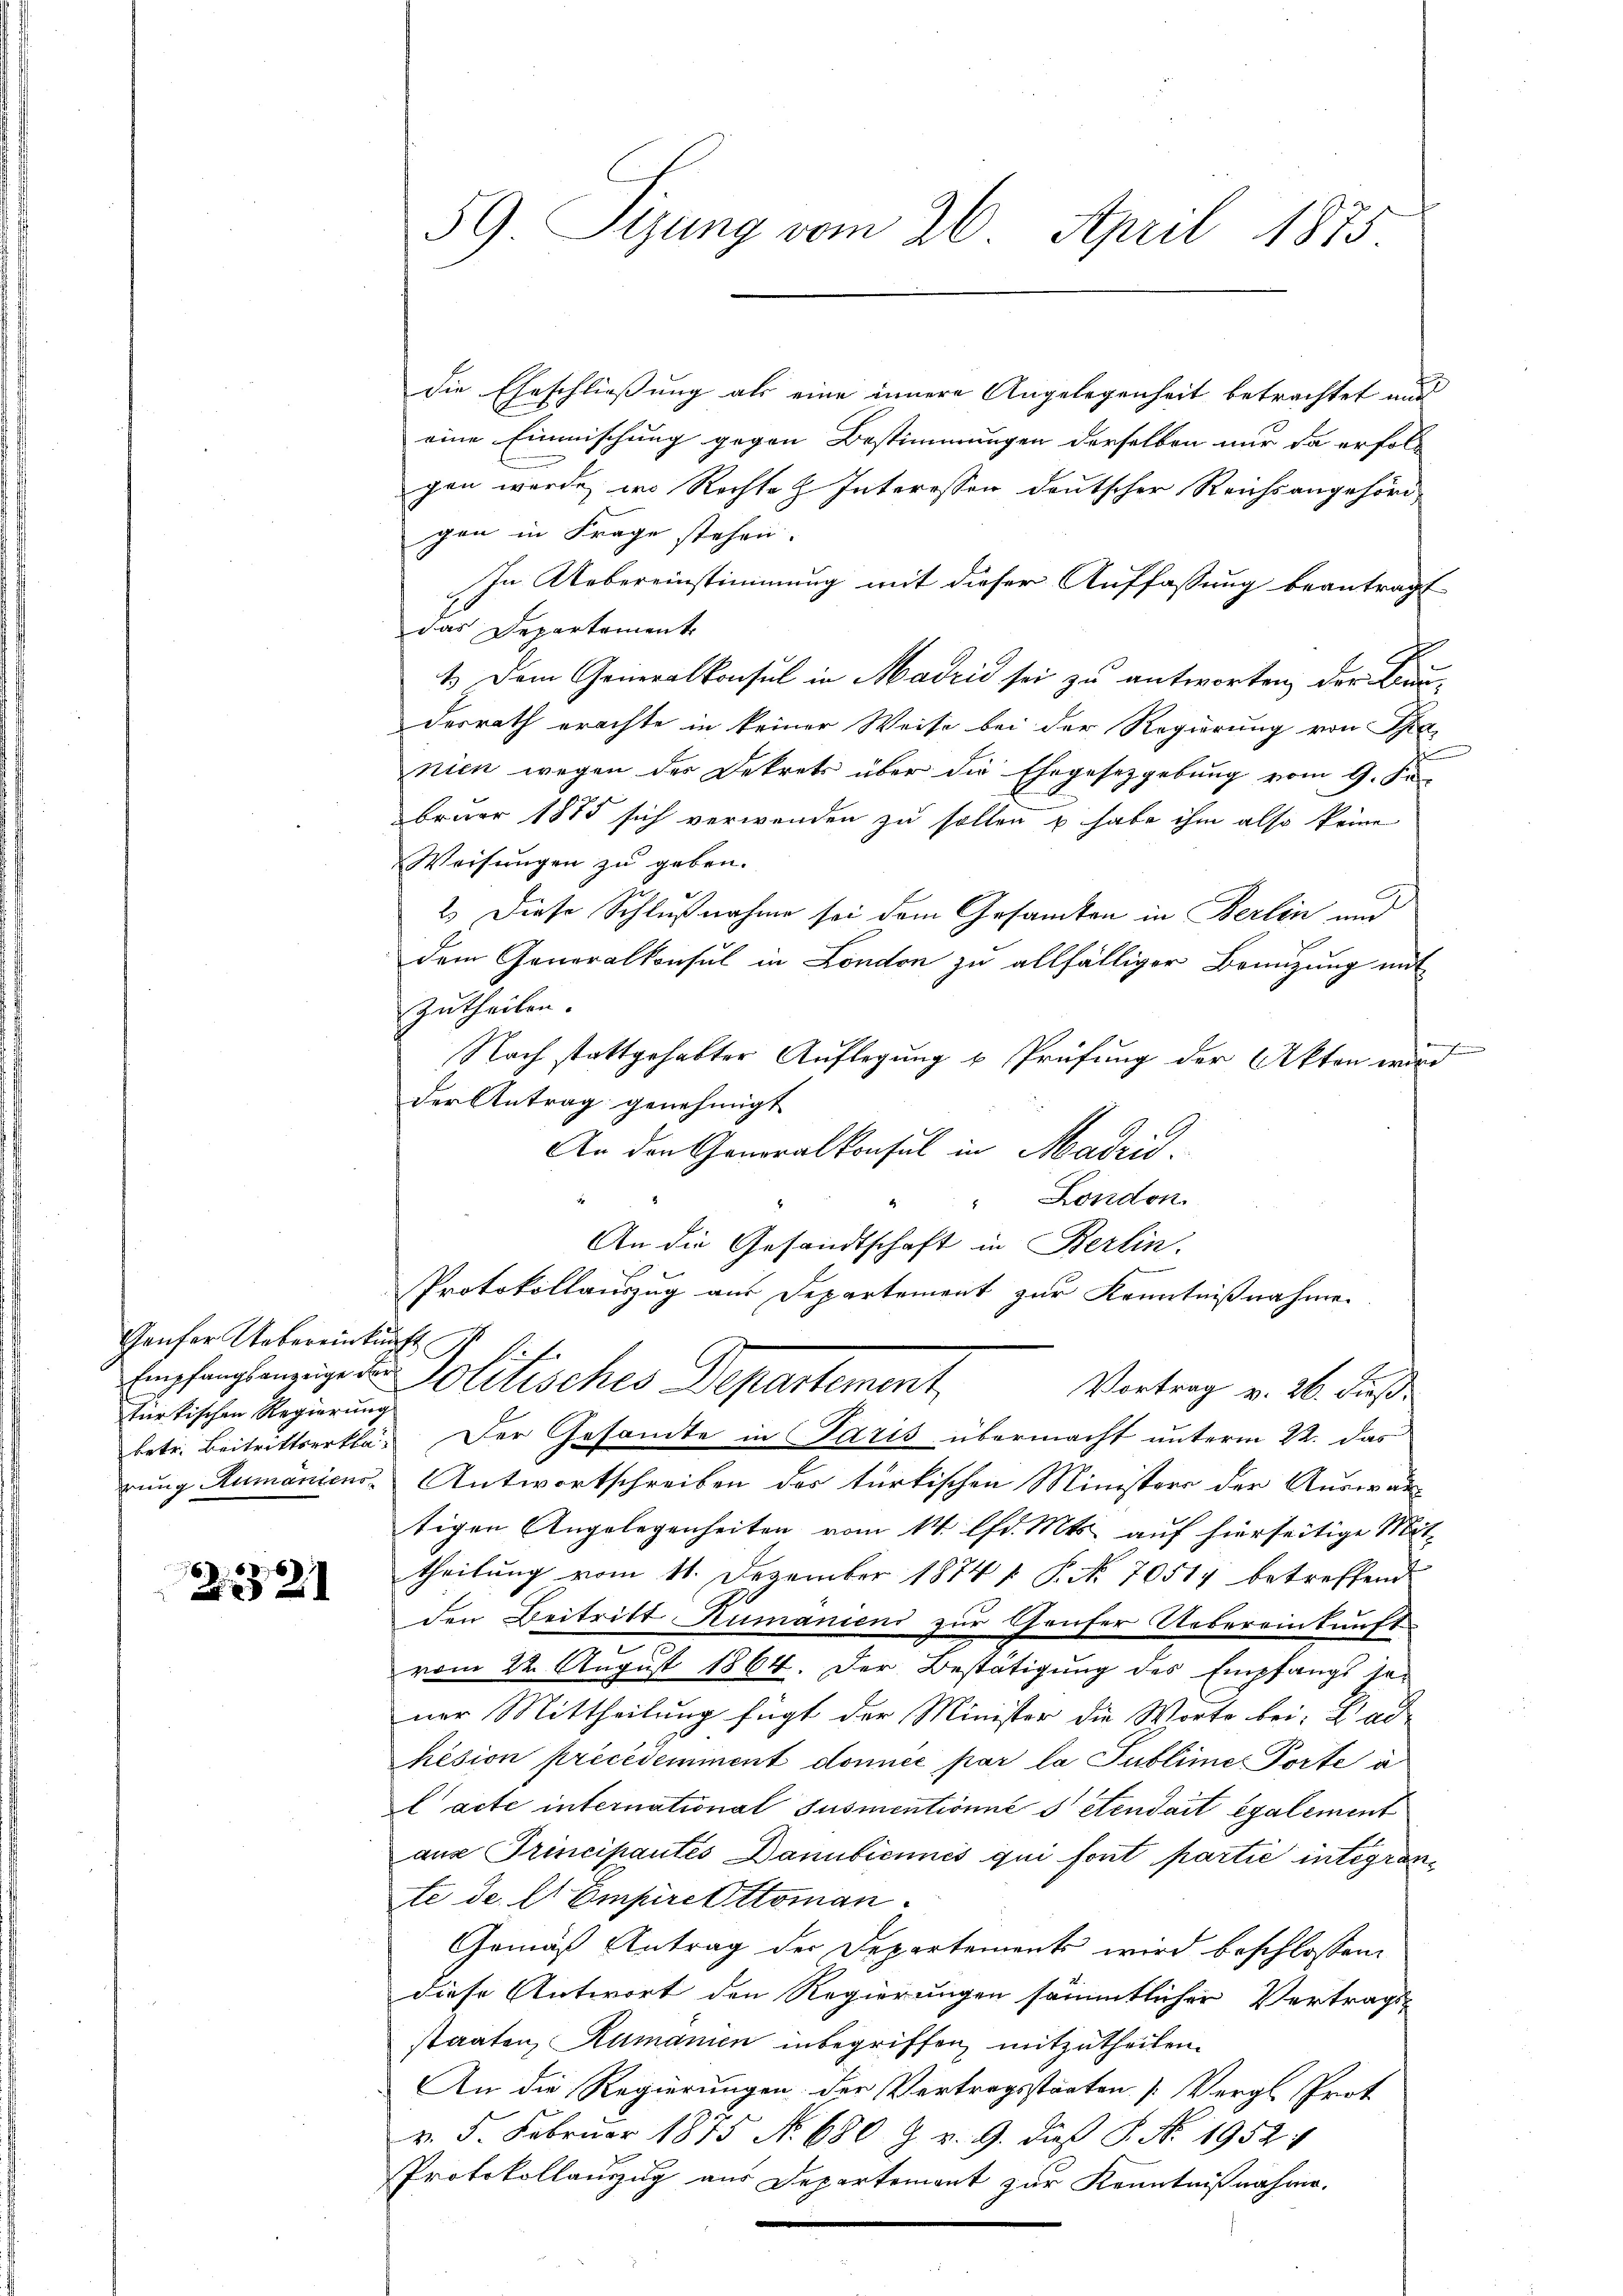
Ganfer Uebereinkunft N. N. 1.
türkischen Regierung

221

die Eheschließung als eine innere Angelegenheit betrachtet aus
eine Einmischung gegen Bestimmungen derselben nur da erfol-
gen werde, wo Rechte Interessen deutscher Reichsangehörd-
gen in Frage stehen.
In Uebereinstimmung mit dieser Auffassung beantragt
das Departement
1.) Dem Generalkonsul in Madrid sei zu antworten, der Bauderrath erachte in keiner Weise bei der Regierung von Tha
nien wegen des Dekrets über die Ehegesetzgebung vom 9. Ju
bruar 1875 sich verwenden zu sollen u habe ihm also keine
Weisungen zu geben.
2.) Diese Schlußnahme sei dem Gesamten in Berlin und
dem Generalkonsul in London zu allfälliger Beenzung mit
zutheilen.
Nach stattgehabter Auflegung u Prüfung der Akten wird
der Antrag genehmigt
An den Generalkonsul in Madrid.
London.
An die Gesandtschaft in Berlin.
Protokollauszug aus Departement zur Kenntnißnahme
Empfangsanzeige den Solitisches Departement
Vortrag v. 26. dieß
betr. Beitrittserklä¬ Der Gesandte in Paris übermacht unterm 22. das
rung Humanicus Antwortschreiben des türkischen Ministers der Auswar-
tigen Angelegenheiten vom 14. lfd. Mts. auf hierseitige Mit-
theilung vom 11. Dezember 1874 1 P. No. 70514 betreffend
den Beitritt Rumaniens zur Ghaufer Uebereinkunft
vom 22. August 1864. Der Bestätigung des Empfangs soner Mittheilung fügt der Minister die Worte bei. Dad
hésion précédemment donnée par la Publime Porte à
l acte international Susmentionnés etendait également
aus Trincipantes Danubicnnés qui font partie integranste de l'Empire Ottoman
Gemäß Antrag der Departements wird beschlossen:
diese Antwort den Regierungen sämmtlicher Vertrags-
staaten, Rumanien inbegriffen, mitzutheilen.
An die Regierungen der Vertragsstaaten [Vergl. Prot
v. 5. Februar 1875 N. 680 Z. v. 9. dieß P. Nr. 1952. 4
Protokollauszug aus Departemont zur Kenntnißnahme.

59. Sitzung vom 26. April 1875